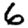
Digit: 6